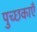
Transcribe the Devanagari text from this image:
पुच्छकाएँ